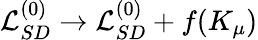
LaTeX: {\cal L}_{SD}^{(0)}\to{\cal L}_{SD}^{(0)}+f(K_{\mu})